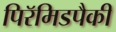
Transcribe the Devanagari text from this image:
पिरॅमिडपैकी